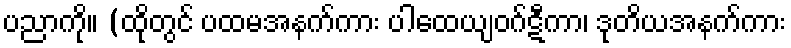
ပညာကို။ (ထိုတွင် ပထမအနက်ကား ပါထေယျဝဂ်ဋီကာ၊ ဒုတိယအနက်ကား